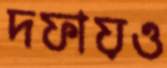
দফায়ও